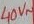
Text: 40v~